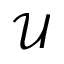
\mathcal { U }